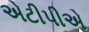
એટીપીએ